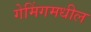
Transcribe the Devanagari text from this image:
गेमिंगमधील